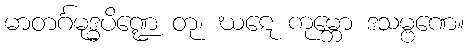
မာတင်္ဂမုဒ္ဓပိဏ္ဍေ တု၊ ဃဋေ ကုမ္ဘော ဒသမ္ဗဏေ။